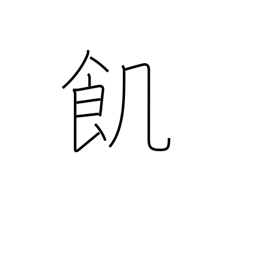
Meaning: hungry